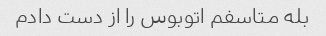
بله متاسفم اتوبوس را از دست دادم